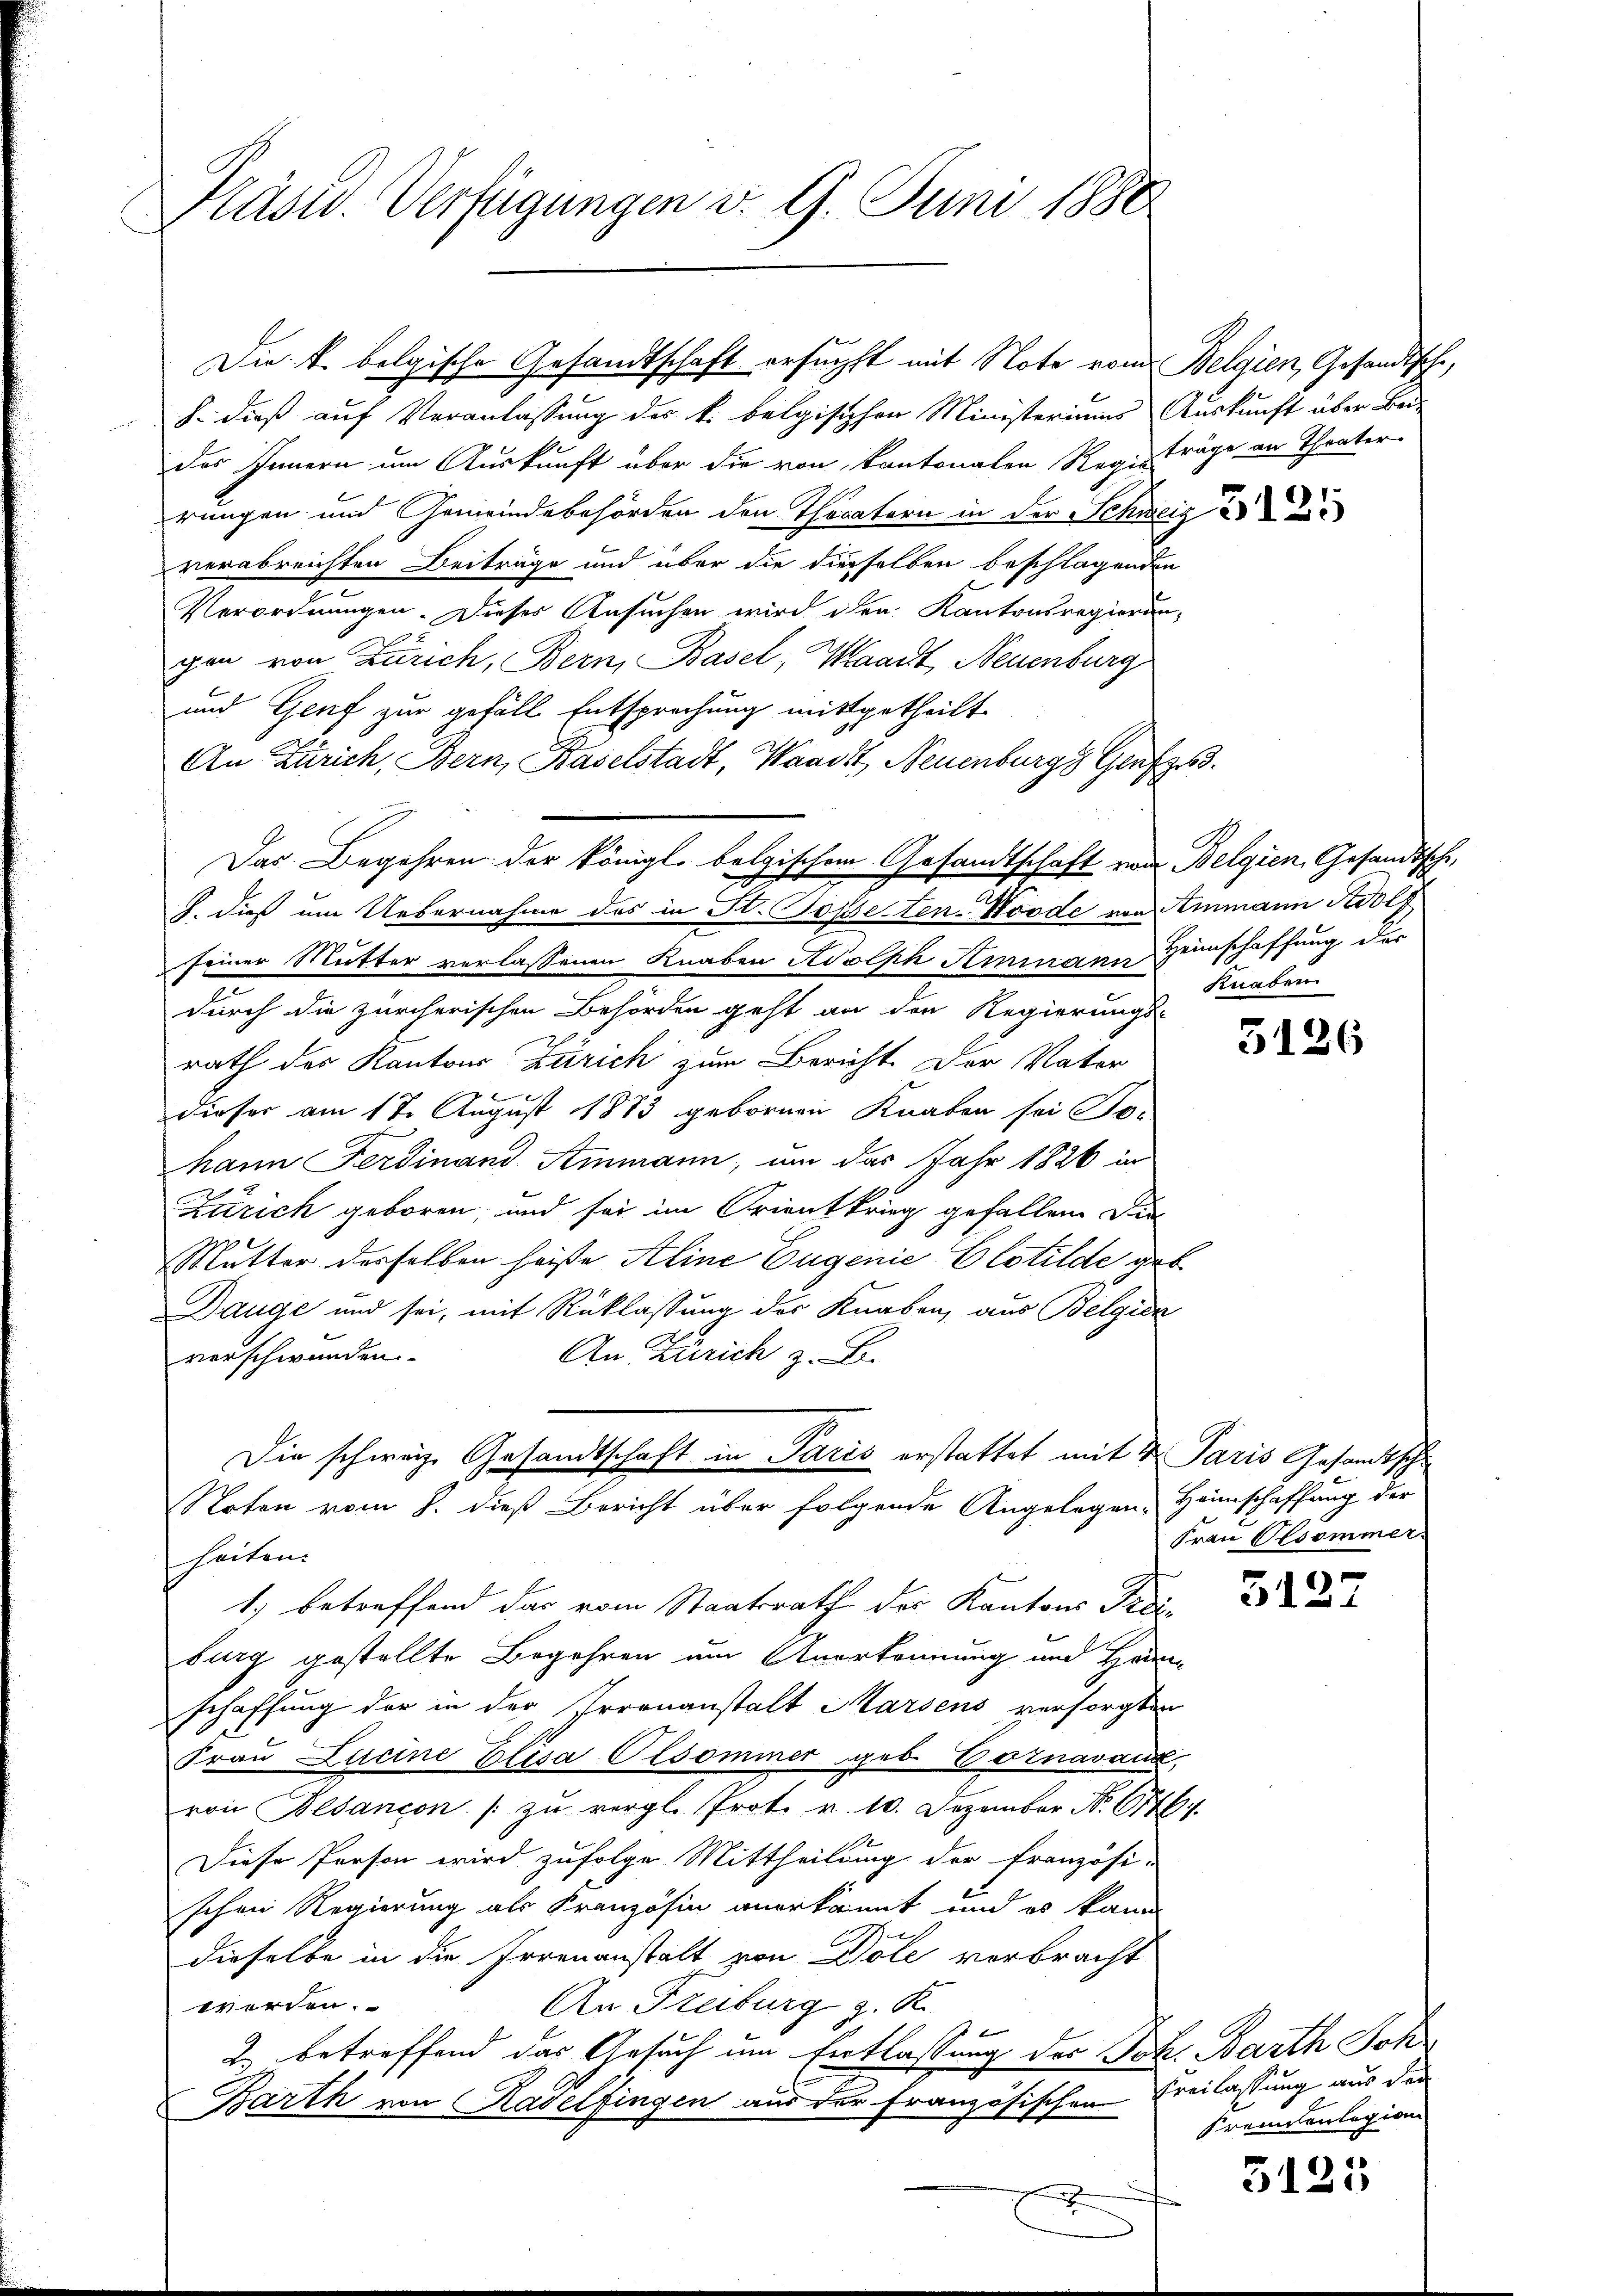
Präsid. Verfügungen v. 9. Juni 1880

h. dieß auf Veranlassung des k. belgischen Ministeriums Auskunft über Bei-
des Innern um Auskunft über die von kantonalen Registräge an Theater
rungen und Gemeindebehörden den Theatern in der Schweige
verabreichten Beiträge und über die dieselben beschlagenden
Verordnungen. Dieses Ansuchen wird den Kantonsregierun-
gen von Zürich, Bern, Basel, Waadt, Neuenburg
und Genf zur gefäll Entsprechung mitgetheilt.
An Zürich, Bern, Baselstadt, Waadt, Neuenburgs Genf
Das Begehren der königl. belgischem Gesandtschaft von Belgien Gesandtsche,
 daß um Uebernahme des in Kt. Topsesten-Noode von Ammann Adolf
seiner Mutter verlassenen Knaben Adolph Ammann Heimschaffung der
durch die zürcherischen Behörden geht an den Regierungs-
rath der Kantons Zürich zum Bericht der Vater
dieser am 17. August 1883 gebornen Knaben sei To-
hann Ferdinand Stimann, um das Jahr 1826 in
Zürich geboren, und sei im Krientkrieg gefallen Die
Mutter derselben heißte Aline Eugenie Elotilde geb
Dauge und sei, mit Rücklassung der Knaben, aus Belgien
An Zürich z. B.
verschwunden.
Die schweiz. Gesandtschaft in Paris erstattet mit de Paris Gesandtsche
Noten vom 8. dieß Bericht über folgende Angelegen Heimschaffung der
heiten.
1.) betreffend das vom Staatsrath der Kantons Prei
burg gestellte Begehren um Anerkennung und Heim
schaffung der in der Irrenanstalt Marsens versorgten
Frau Lucine Elisa Olsommer geb. Vornavaux,
von Plancon / zŭ vergl. Prot. v. 10. Dezember No. 676.
Diese Person wird zufolge Mittheilung der Französi-
schen Regierung als Kranzösin anerkannt und es kann
dieselbe in die Irrenanstalt von Dole verbracht
werden.
An Freiburg z. K.
f
2. betreffend das Gesuch um Entlassung der Joh. Barth Joh
Barth von Radelfingen aus der französischen Freilassung aus den
e

Die k. belgische Gesandtschaft ersuchst mit Note vom Belgien, Gesandtische,

Knaben

3126

Frau Alsommer.

5127

Freunentagion

5125